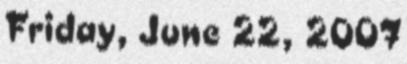
Friday, June 22, 2007